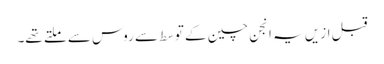
قبل ازیں یہ انجن چین کے توسط سے روس سے ملتے تھے۔